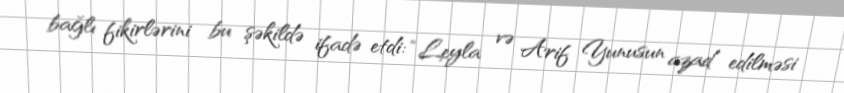
bağlı fikirlərini bu şəkildə ifadə etdi: “Leyla və Arif Yunusun azad edilməsi